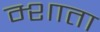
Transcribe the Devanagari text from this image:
म्शाता